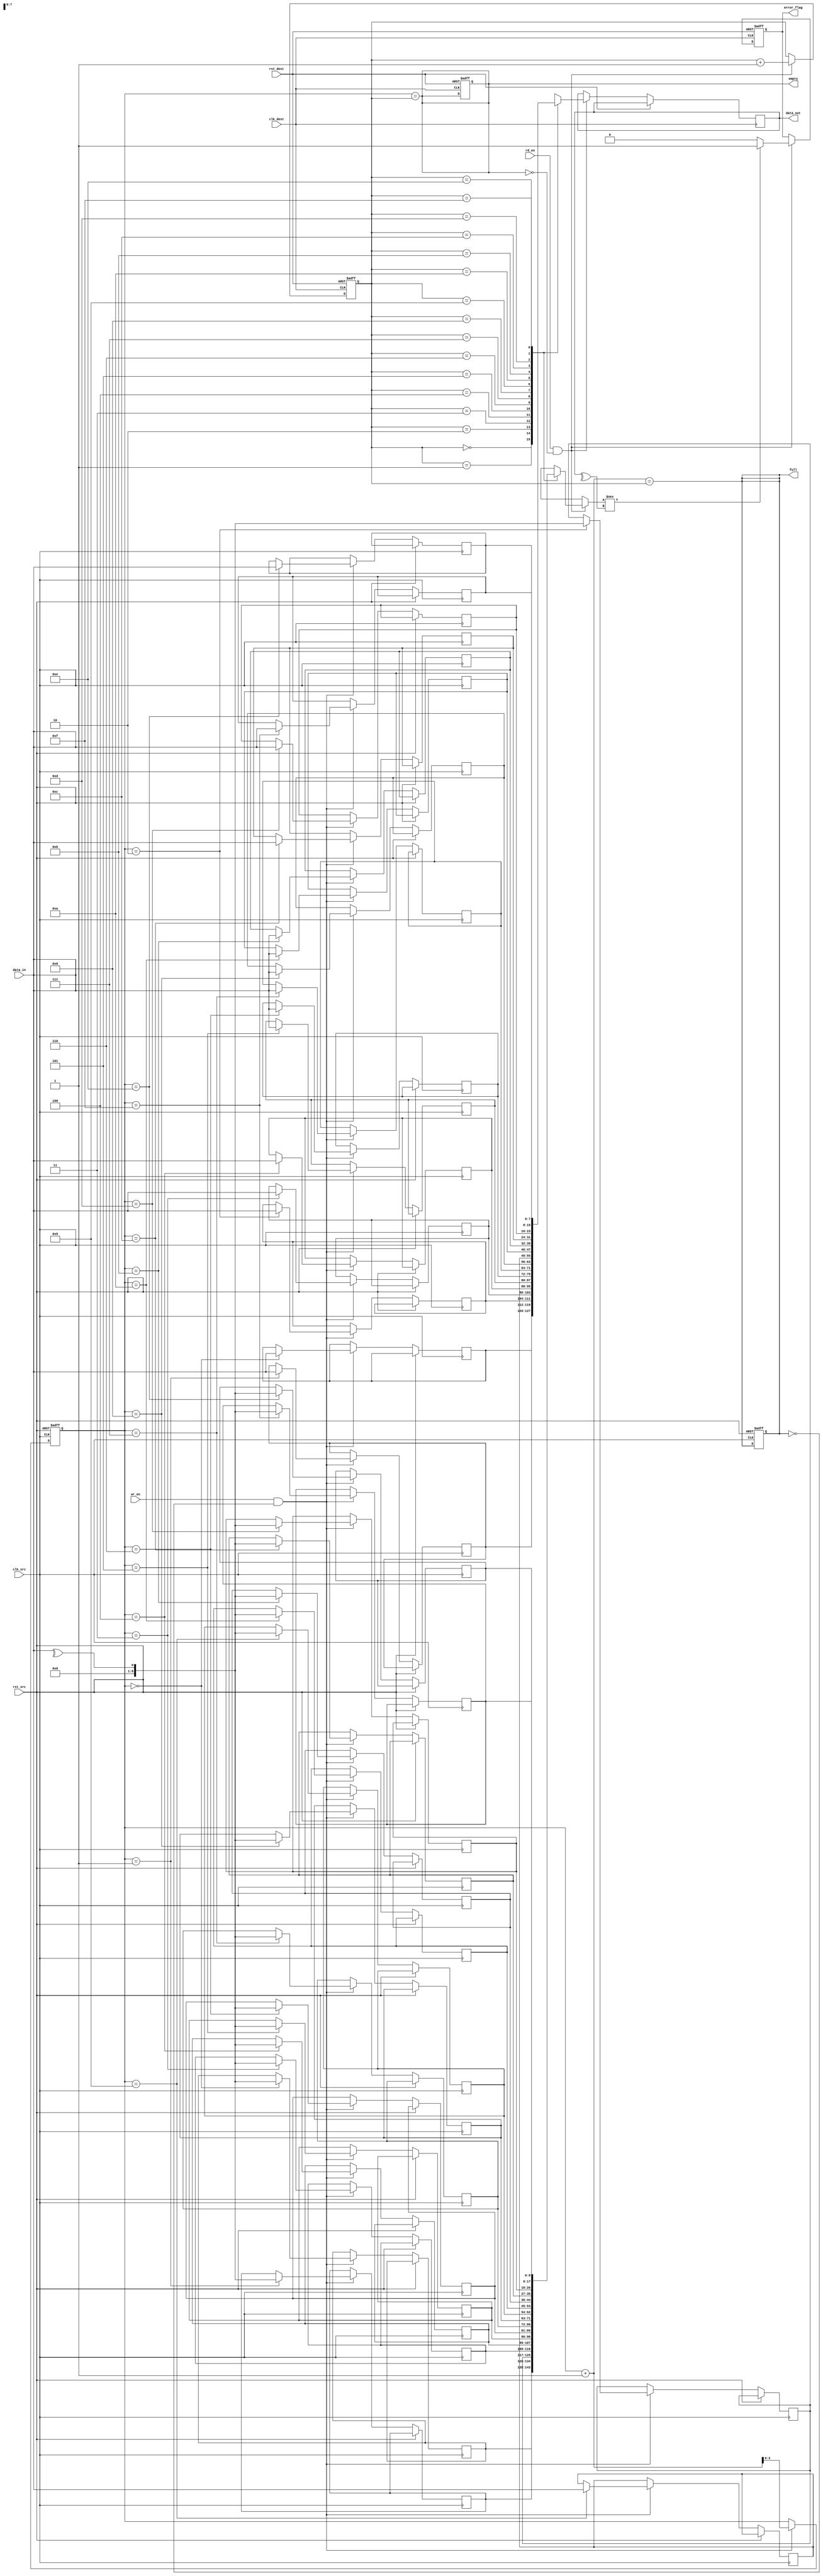
module dual_clock_fifo #(
    parameter DATA_WIDTH = 8,
    parameter FIFO_DEPTH = 16
)(
    input wire clk_src,
    input wire clk_dest,
    input wire rst_src,
    input wire rst_dest,
    input wire [DATA_WIDTH-1:0] data_in,
    input wire wr_en,
    input wire rd_en,
    output reg [DATA_WIDTH-1:0] data_out,
    output reg full,
    output reg empty,
    output reg error_flag
);

    // FIFO memory
    reg [DATA_WIDTH-1:0] fifo_mem[FIFO_DEPTH-1:0];
    reg [DATA_WIDTH:0] parity_mem[FIFO_DEPTH-1:0]; // Parity bits
    reg [3:0] wr_ptr; // Write pointer
    reg [3:0] rd_ptr; // Read pointer
    reg [3:0] wr_ptr_gray; // Gray code write pointer
    reg [3:0] rd_ptr_gray; // Gray code read pointer
    reg [3:0] wr_ptr_sync; // Synchronized write pointer
    reg [3:0] rd_ptr_sync; // Synchronized read pointer

    // Write control logic
    always @(posedge clk_src or posedge rst_src) begin
        if (rst_src) begin
            wr_ptr <= 0;
            full <= 0;
        end else if (wr_en && !full) begin
            fifo_mem[wr_ptr] <= data_in;
            parity_mem[wr_ptr] <= ^data_in; // Even parity generation
            wr_ptr <= wr_ptr + 1;
        end
    end

    // Read control logic
    always @(posedge clk_dest or posedge rst_dest) begin
        if (rst_dest) begin
            rd_ptr <= 0;
            empty <= 1;
            error_flag <= 0;
        end else if (rd_en && !empty) begin
            data_out <= fifo_mem[rd_ptr];
            // Parity checking
            if (parity_mem[rd_ptr] !== ^data_out) begin
                error_flag <= 1; // Set error flag if parity mismatch
            end else begin
                error_flag <= 0;
            end
            rd_ptr <= rd_ptr + 1;
        end
    end

    // FIFO status flags
    always @(*) begin
        full = (wr_ptr + 1) == rd_ptr; // Full condition
        empty = (wr_ptr == rd_ptr); // Empty condition
    end

    // Gray code conversion for write pointer
    always @(posedge clk_src or posedge rst_src) begin
        if (rst_src) begin
            wr_ptr_gray <= 0;
        end else begin
            wr_ptr_gray <= (wr_ptr >> 1) ^ wr_ptr; // Convert to Gray code
        end
    end

    // Synchronization of write pointer to destination clock domain
    always @(posedge clk_dest or posedge rst_dest) begin
        if (rst_dest) begin
            wr_ptr_sync <= 0;
        end else begin
            wr_ptr_sync <= {wr_ptr_sync[2:0], wr_ptr_gray[3]}; // Synchronize
        end
    end

    // Gray code conversion for read pointer
    always @(posedge clk_dest or posedge rst_dest) begin
        if (rst_dest) begin
            rd_ptr_gray <= 0;
        end else begin
            rd_ptr_gray <= (rd_ptr >> 1) ^ rd_ptr; // Convert to Gray code
        end
    end

    // Synchronization of read pointer to source clock domain
    always @(posedge clk_src or posedge rst_src) begin
        if (rst_src) begin
            rd_ptr_sync <= 0;
        end else begin
            rd_ptr_sync <= {rd_ptr_sync[2:0], rd_ptr_gray[3]}; // Synchronize
        end
    end

endmodule